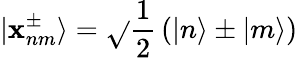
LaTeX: |\mathbf{x}_{nm}^{\pm}\rangle=\sqrt{}{{\frac{{1}}{{2}}}}\left(|n\rangle\pm|m\rangle\right)